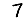
Digit: 7